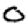
Digit: 0